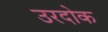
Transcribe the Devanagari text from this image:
उरदोक